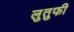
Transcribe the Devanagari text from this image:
लुतुफी